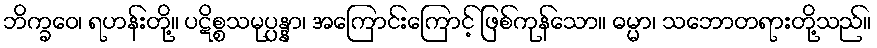
ဘိက္ခဝေ၊ ရဟန်းတို့။ ပဋိစ္စသမုပ္ပန္နာ၊ အကြောင်းကြောင့် ဖြစ်ကုန်သော။ ဓမ္မာ၊ သဘောတရားတို့သည်။